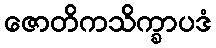
ဇောတိကသိက္ခာပဒံ